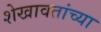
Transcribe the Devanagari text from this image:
शेखावतांच्या